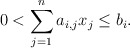
\begin{align*}0 < \sum_{j=1}^n a_{i,j} x_j \leq b_i.\end{align*}